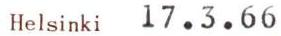
Helsinki 17.3.66